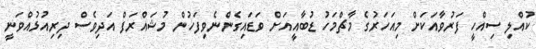
ކުއްލި ސިއްހީ ފަރުވާއަކަށް މިއަހަރުގެ މާޗްމަހު ޑުބާއީއަށް ވަޑައިގެންނެވިފަހުން މުޝައްރަފް އަދިވެސް ދިރިއުޅުއްވަނީ